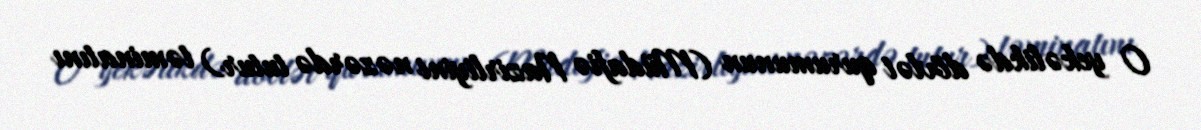
O yekəlikdə dövlət qurumunun (Müdafiə Nazirliyini nəzərdə tutur) təminatını